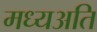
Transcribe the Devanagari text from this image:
मध्यअति